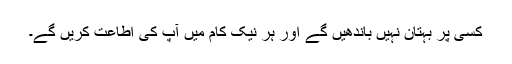
کسی پر بہتان نہیں باندھیں گے اور ہر نیک کام میں آپؐ کی اطاعت کریں گے۔